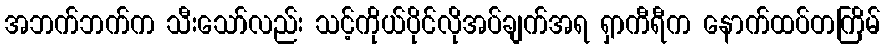
အဘက်ဘက်က သီးသော်လည်း သင့်ကိုယ်ပိုင်လိုအပ်ချက်အရ ရှာကီရီက နောက်ထပ်တကြိမ်